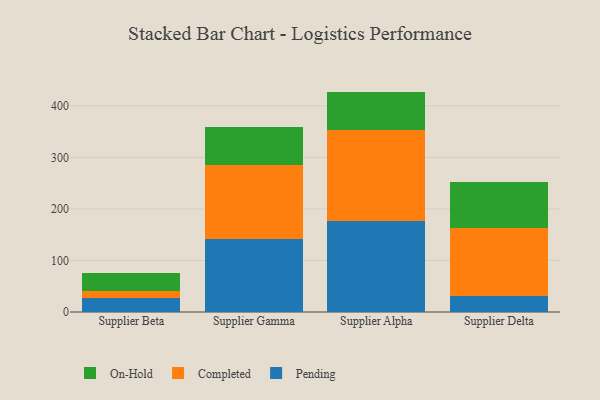
{"axis": {"x": "Supplier", "y": "Population (Million)"}, "legend": ["Completed", "On-Hold", "Pending"], "data": [{"x": "Supplier Beta", "y": 27.5, "type": "Pending"}, {"x": "Supplier Beta", "y": 12.4, "type": "Completed"}, {"x": "Supplier Beta", "y": 35.7, "type": "On-Hold"}, {"x": "Supplier Gamma", "y": 142.5, "type": "Pending"}, {"x": "Supplier Gamma", "y": 143.6, "type": "Completed"}, {"x": "Supplier Gamma", "y": 73.9, "type": "On-Hold"}, {"x": "Supplier Alpha", "y": 176.3, "type": "Pending"}, {"x": "Supplier Alpha", "y": 176.5, "type": "Completed"}, {"x": "Supplier Alpha", "y": 75.0, "type": "On-Hold"}, {"x": "Supplier Delta", "y": 30.1, "type": "Pending"}, {"x": "Supplier Delta", "y": 133.5, "type": "Completed"}, {"x": "Supplier Delta", "y": 89.3, "type": "On-Hold"}]}